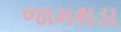
જામથડા